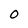
Character: 0